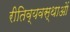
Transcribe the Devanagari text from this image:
रीतिव्यवस्थाओं